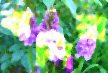
বালিয়া